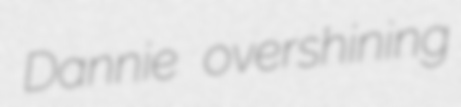
Dannie overshining